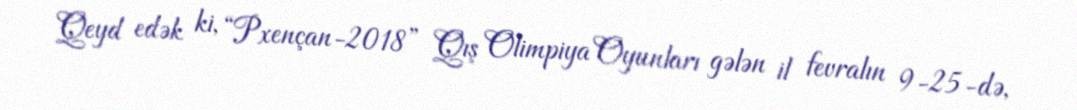
Qeyd edək ki, “Pxençan-2018” Qış Olimpiya Oyunları gələn il fevralın 9-25-də,